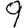
Digit: 9